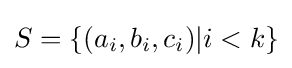
S=\{(a_{i},b_{i},c_{i})|i<k\}